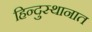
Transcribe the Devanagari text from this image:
हिन्दुस्थानात